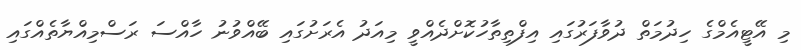
މި އޭޓީއެމްގެ ހިދުމަތް ދުވާފަރުގައި އިފްތިތާހުކޮށްދެއްވީ މިއަދު އެރަށުގައި ބޭއްވުނު ހާއްސަ ރަސްމިއްޔާތެއްގައި